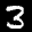
Label: 3